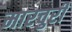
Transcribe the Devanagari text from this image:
मारचुरी